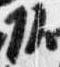
頭